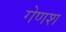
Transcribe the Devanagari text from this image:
गेणश